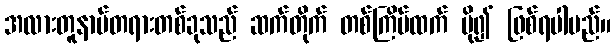
အလားတူနာမ်တရားတစ်ခုသည် ဆက်တိုက် တစ်ကြိမ်ထက် ပို၍ ဖြစ်ရပါမည်။